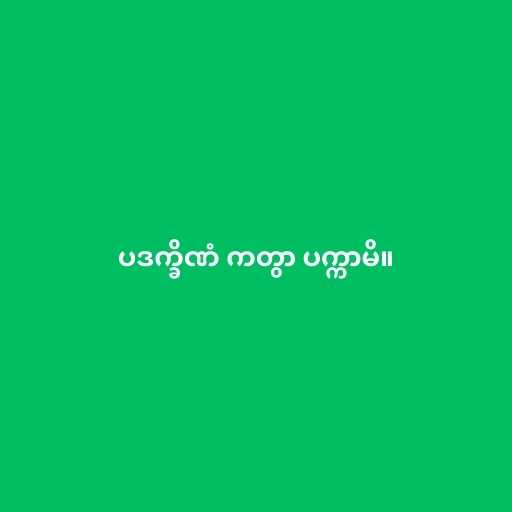
ပဒက္ခိဏံ ကတွာ ပက္ကာမိ။